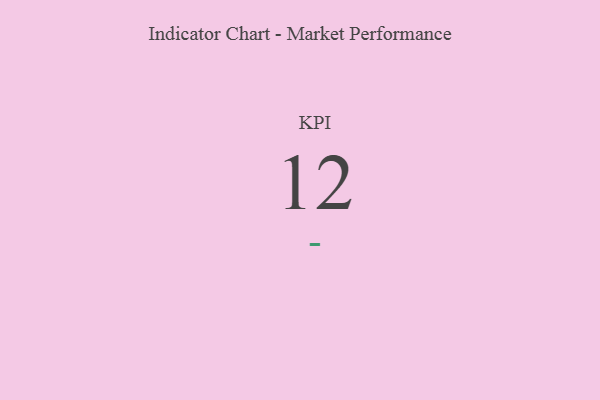
{"axis": {"x": "KPI", "y": "Value"}, "legend": [""], "data": [{"x": "KPI", "y": 12, "type": ""}]}